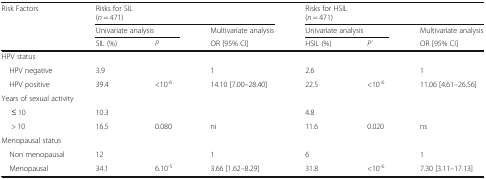
<table><thead><tr><td rowspan="3"><b>Risk Factors</b></td><td colspan="3"><b>Risks for SIL(<i>n</i> = 471)</b></td><td colspan="3"><b>Risks for HSIL(<i>n</i> = 471)</b></td></tr><tr><td colspan="2"><b>Univariate analysis</b></td><td><b>Multivariate analysis</b></td><td colspan="2"><b>Univariate analysis</b></td><td><b>Multivariate analysis</b></td></tr><tr><td><b>SIL (%)</b></td><td><b><i>P</i></b></td><td><b>OR [95% CI]</b></td><td><b>HSIL (%)</b></td><td><b><i>P’</i></b></td><td><b>OR [95% CI]</b></td></tr></thead><tbody><tr><td colspan="7">HPV status</td></tr><tr><td> HPV negative</td><td>3.9</td><td></td><td>1</td><td>2.6</td><td></td><td>1</td></tr><tr><td> HPV positive</td><td>39.4</td><td>&lt;10<sup>-6</sup></td><td>14.10 [7.00–28.40]</td><td>22.5</td><td>&lt;10<sup>-6</sup></td><td>11.06 [4.61–26.56]</td></tr><tr><td colspan="7">Years of sexual activity</td></tr><tr><td>≤ 10</td><td>10.3</td><td></td><td></td><td>4.8</td><td></td><td></td></tr><tr><td>&gt; 10</td><td>16.5</td><td>0.080</td><td>ni</td><td>11.6</td><td>0.020</td><td>ns</td></tr><tr><td colspan="7">Menopausal status</td></tr><tr><td> Non menopausal</td><td>12</td><td></td><td>1</td><td>6</td><td></td><td>1</td></tr><tr><td> Menopausal</td><td>34.1</td><td>6.10<sup>-5</sup></td><td>3.66 [1.62–8.29]</td><td>31.8</td><td>&lt;10<sup>-6</sup></td><td>7.30 [3.11–17.13]</td></tr></tbody></table>